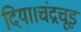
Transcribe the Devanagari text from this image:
दिया।चंद्रचूड़